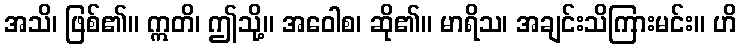
အသိ၊ ဖြစ်၏။ ဣတိ၊ ဤသို့။ အဝေါစ၊ ဆို၏။ မာရိသ၊ အချင်းသိကြားမင်း။ ဟိ